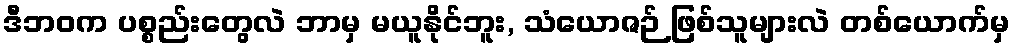
ဒီဘဝက ပစ္စည်းတွေလဲ ဘာမှ မယူနိုင်ဘူး, သံယောဇဉ် ဖြစ်သူများလဲ တစ်ယောက်မှ